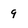
Character: 9